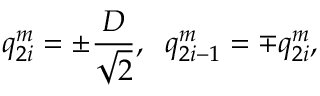
q _ { 2 i } ^ { m } = \pm \frac { D } { \sqrt { 2 } } , \; \; q _ { 2 i - 1 } ^ { m } = \mp q _ { 2 i } ^ { m } ,